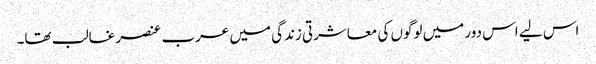
اس لیے اس دور میں لوگوں کی معاشرتی زندگی میں عرب عنصر غالب تھا۔